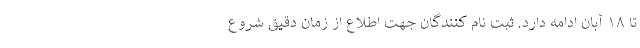
تا ۱۸ آبان ادامه دارد. ثبت نام کنندگان جهت اطلاع از زمان دقیق شروع